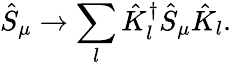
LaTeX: \hat{S}_{\mu}\to\sum_{l}\hat{K}_{l}^{\dagger}\hat{S}_{\mu}\hat{K}_{l}.